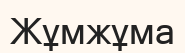
Жұмжұма